Annual report on the working of the lock hospitals in the Central Provinces
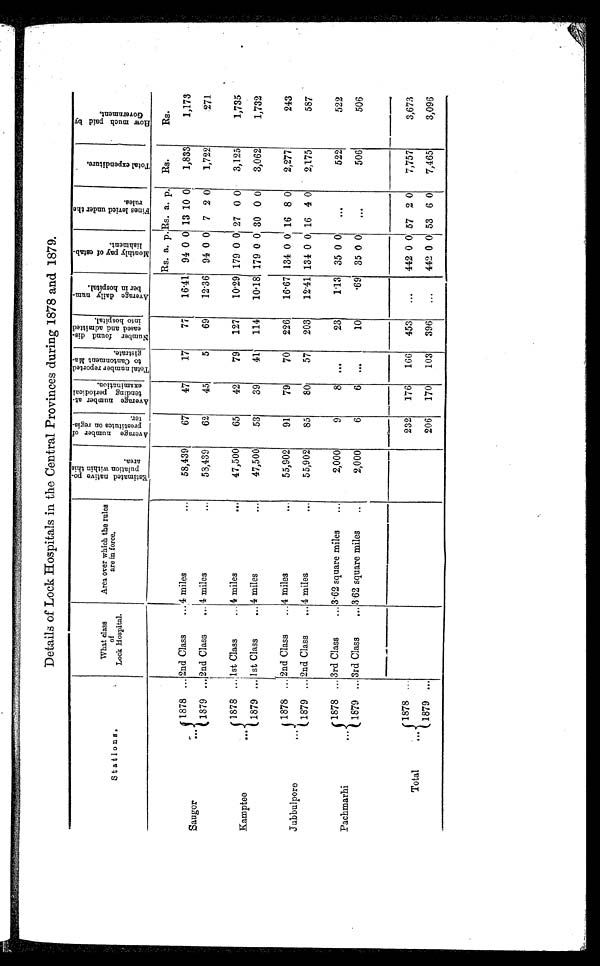
Details of Lock Hospitals in the Central Provinces during 1878 and 1879.
Stations.
What class
of
Lock Hospital.
Area over which the rules
are in force.
E s t i m a t e d n a t i v e p o p u l a t i o n w i t h i n t h i s a r e a . A v e r a g e n u m b e r o f p r o s t i t u t e s o n r e g i s t e r .
A v e r a g e n u m b e r a t t e n d i n g p e r i o d i c a l e x a m i n a t i o n .
T o t a l n u m b e r r e p o r t e d t o C a n t o n m e n t M a g i s t r a t e .
N u m b e r f o u n d d i s c a s e d a n d a d m i t t e d i n t o h o s p i t a l .
A v e r a g e d a i l y n u m b e r i n h o s t i p a l .
M o n t h l y p a y o f e s t a b l i s h m e n t .
F i n e s l e v i e d u n d e r t h e r u l e s .
T o t a l e x p e n d i t u r e .
H o w m u c h p a i d b y G o v e r n m e n t .
Rs. a. p . Rs. a. p. Rs.
Rs.
Saugor
..
1878 ... 2nd Class
...
4 m i l e s
. . .
58,439
67
47
17
77
16·41 94 0 0 13 0 0
1,833
1,173
1879 ... 2nd Class
... 4 miles
. . .
53,439
62
45
5
69
12·36 94 0 0 7 2 0
1,722
271
Kamptee
...
1878 ... 1st Class
... 4 miles
. .
47,500
65
42
79
127
10·29 179 0 0 27 0 0
3,125
1,735
1879 .., 1st Class
.., 4 miles
. . .
47,500
53
39
41
114
10·18, 179 0 0 30 0 0
3,062
1,732
Jubbulpore.
...
1878 ... 2nd Class
...
4 m i l e s
. . .
55,902
91
79
70
226
16·67 134 0 0 16 8 0
2,277
243
1879 ... 2nd Class
... 4 miles
. . .
55,902
85
80
57
203
12·41 134 0 0 16 4 0
2,175
587
Pachmarhi
...
1878 ... 3rd Class
... 3·62 square miles
..
2,000
9
8 ...
23
1·13 35 0 0
. . .
. . . . . .
522
522
1879 ... 3rd Class
3 · 6 2 s q u a r e m i l e s
. .
2,000
6
6 ...
10
· 6 9 35 0 0
... . . . . . .
506
506
........-3....n
amo.n •nn••n•••O
Total
...
1878 ...
232
176
166
453
...
442 0 0 57 2 0
7,757
3,673
1879 ...
206
170
103
396
...
442 0 0 53 6 0
7,465
3,096